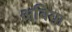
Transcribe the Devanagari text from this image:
अविया